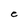
Character: C